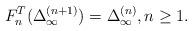
LaTeX: \begin{align*}F_n^T(\Delta_{\infty}^{(n +1)}) = \Delta_{\infty}^{(n)}, n \geq 1.\end{align*}